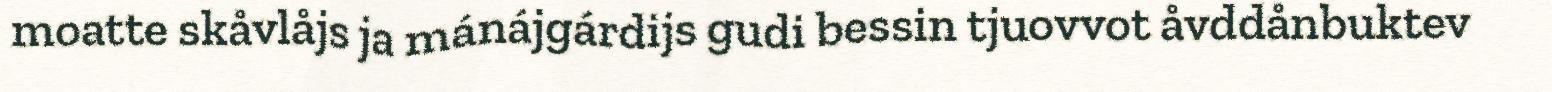
moatte skåvlåjs ja mánájgárdijs gudi bessin tjuovvot åvddånbuktev